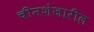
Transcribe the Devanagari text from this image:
चीनशेजारील